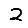
Digit: 2